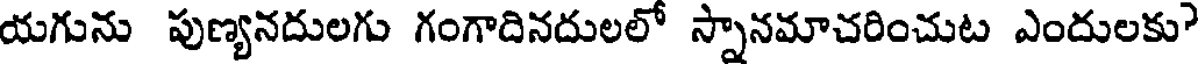
యగును పుణ్యనదులగు గంగాదినదులలో స్నానమాచరించుట ఎందులకు?